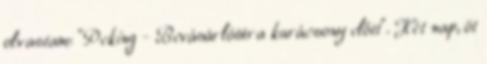
olvastam: "Peking - Bevásárlótúra karácsony előtt". Hét nap, öt